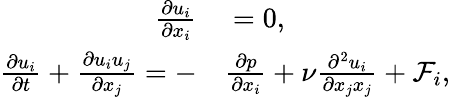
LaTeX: \begin{array}{rl}{\frac{\partial u_{i}}{\partial x_{i}}}&{{}=0,}\\ {\frac{\partial u_{i}}{\partial t}+\frac{\partial u_{i}u_{j}}{\partial x_{j}}=-}&{{}\frac{\partial p}{\partial x_{i}}+\nu\frac{\partial^{2}u_{i}}{\partial x_{j}x_{j}}+\mathcal{F}_{i},}\end{array}